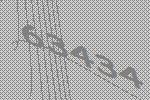
63434